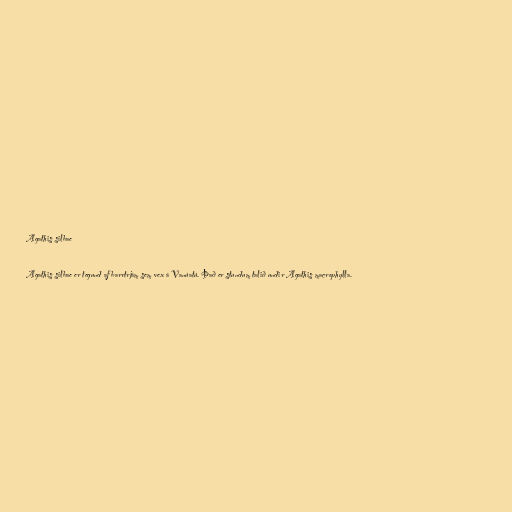
Agathis silbae

Agathis silbae er tegund af barrtrjám sem vex á Vanúatú. Það er stundum talið undir Agathis macrophylla.